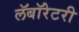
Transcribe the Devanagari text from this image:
लॅबॉरेटरी